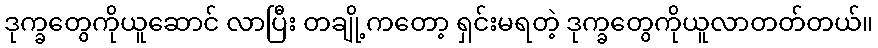
ဒုက္ခတွေကိုယူဆောင် လာပြီး တချို့ကတော့ ရှင်းမရတဲ့ ဒုက္ခတွေကိုယူလာတတ်တယ်။